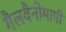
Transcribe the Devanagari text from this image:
गैलवैनोमापी